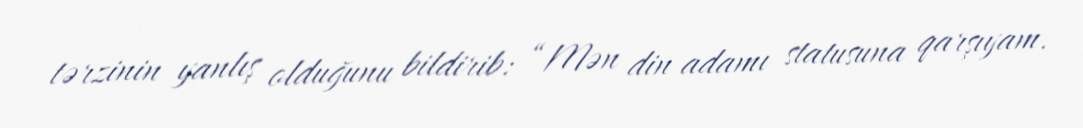
tərzinin yanlış olduğunu bildirib: “Mən din adamı statusuna qarşıyam.